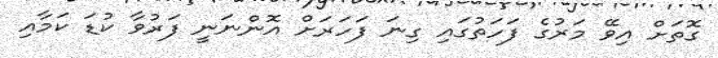
ގޮތަށް އިވޭ މަރުގެ ފަހަތުގައި ގިނަ ފަހަރަށް އޮންނަނީ ފަރުވާ ކުޑަ ކަމާއި